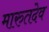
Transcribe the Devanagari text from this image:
मारुतदेव